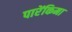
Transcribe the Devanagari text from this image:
पारेंकिमा